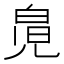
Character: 𰃎